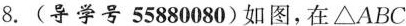
8.(导学号55880080)如图，在△ABC